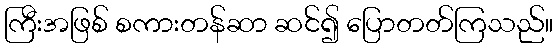
ကြီးအဖြစ် စကားတန်ဆာ ဆင်၍ ပြောတတ်ကြသည်။